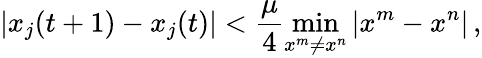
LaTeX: |x_{j}(t+1)-x_{j}(t)|<\frac{\mu}{4}\operatorname*{min}_{x^{m}\neq x^{n}}|x^{m}-x^{n}|\, ,